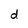
Character: d